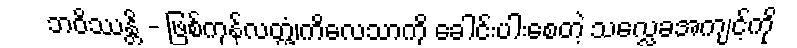
ဘဝိဿန္တိ - ဖြစ်ကုန်လတ္တံ့၊ကိလေသာကို ခေါင်းပါးစေတဲ့ သလ္လေခအကျင့်ကို